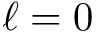
\ell = 0